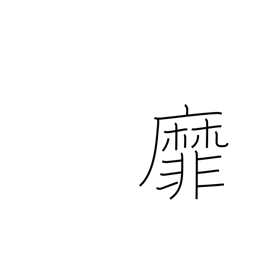
Meaning: wave